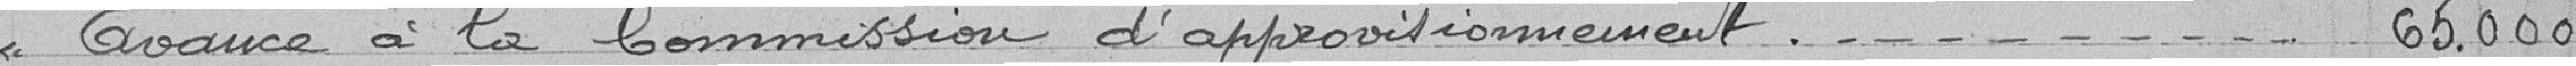
Avance à la Comission d'approvisionnement 65.000